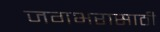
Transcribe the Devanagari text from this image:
जगभरासाठी